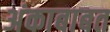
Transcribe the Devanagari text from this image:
अंकाबाबत